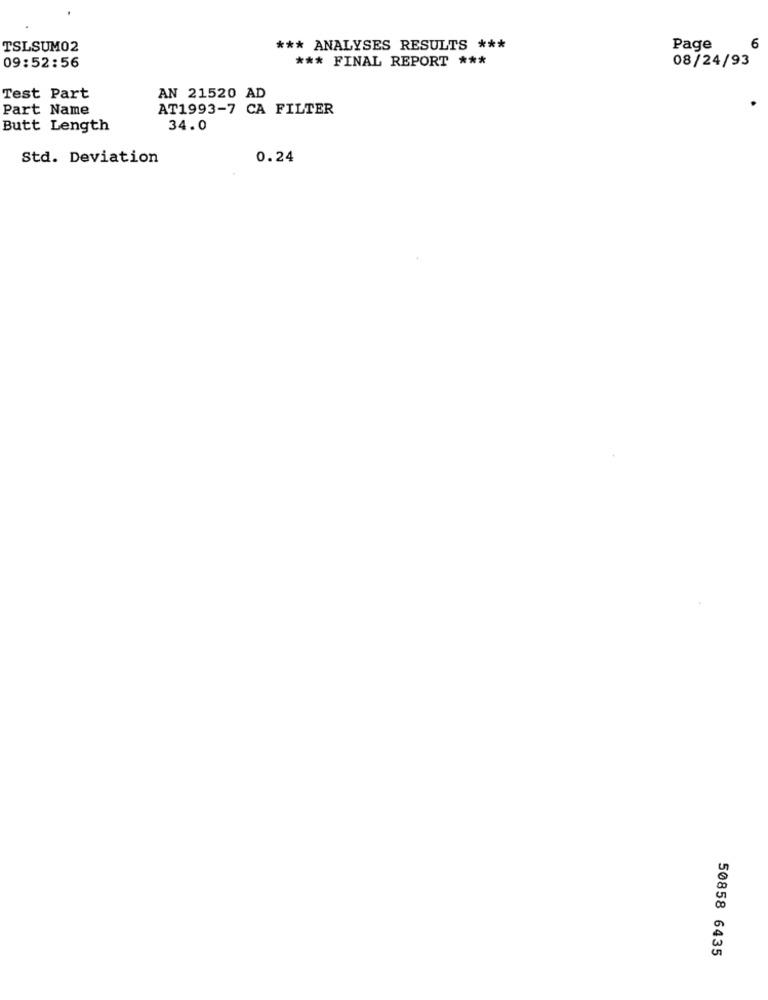
TSLSUM02
*** ANALYSES RESULTS ***
Page
6
*** FINAL REPORT ***
08/24/93
09:52:56
Test Part
AN 21520 AD
Part Name
AT1993-7 CA FILTER
Butt Length
34.0
Std. Deviation
0.24
50858 6435